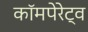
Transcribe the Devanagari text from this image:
कॉमपेरेट्व